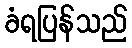
ခံရပြန်သည်